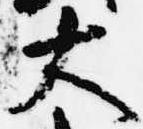
大